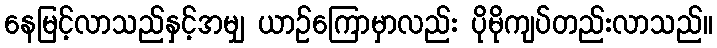
နေမြင့်လာသည်နှင့်အမျှ ယာဉ်ကြောမှာလည်း ပိုမိုကျပ်တည်းလာသည်။